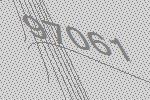
97061